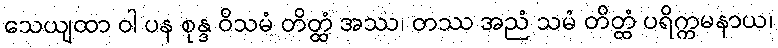
သေယျထာ ဝါ ပန စုန္ဒ ဝိသမံ တိတ္ထံ အဿ၊ တဿ အညံ သမံ တိတ္ထံ ပရိက္ကမနာယ၊